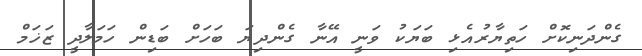
ގެންދަނިކޮށް ހަތިޔާރުއެޅި ބަޔަކު ވަނީ އޭނާ ގެންދިޔަ ބަހަށް ބަޑިން ހަމަލާދީ ޒަޚަމް